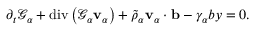
\begin{array} { r } { \partial _ { t } \mathscr { G } _ { \alpha } + \mathrm { d i v } \left( \mathscr { G } _ { \alpha } \mathbf { v } _ { \alpha } \right) + \tilde { \rho } _ { \alpha } \mathbf { v } _ { \alpha } \cdot \mathbf { b } - \gamma _ { \alpha } b y = 0 . } \end{array}